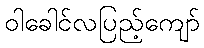
ဝါခေါင်လပြည့်ကျော်